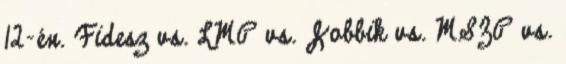
12-én. Fidesz vs. LMP vs. Jobbik vs. MSZP vs.